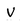
Character: v